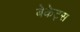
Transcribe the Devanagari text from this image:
बेकेट्स